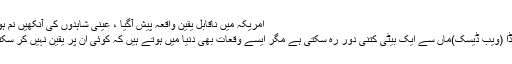
امریکہ میں ناقابل یقین واقعہ پیش آگیا ، عینی شاہدوں کی آنکھیں نم ہو گئیں
فلو ریڈا (ویب ڈیسک)ماں سے ایک بیٹی کتنی دور رہ سکتی ہے مگر ایسے وقعات بھی دنیا میں ہوتے ہیں کہ کوئی ان پر یقین نہیں کر سکتا ہے۔